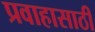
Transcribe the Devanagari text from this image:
प्रवाहासाठी